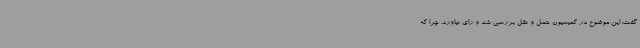
گفت: این موضوع در کمیسیون حمل و نقل بررسی شد و رای نیاورد. چرا که